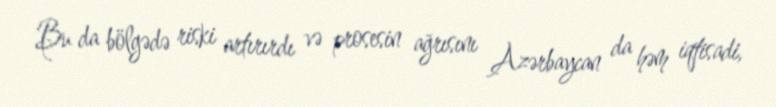
Bu da bölgədə riski artırırdı və prosesin ağrısını Azərbaycan da həm iqtisadi,